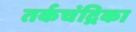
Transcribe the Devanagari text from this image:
तर्कचंद्रिका